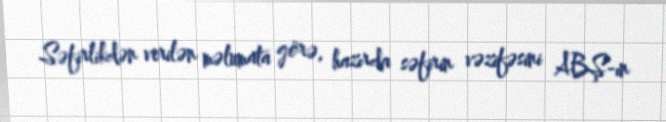
Səfirlikdən verilən məlumata görə, hazırda səfirin vəzifəsini ABŞ-ın